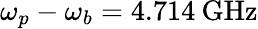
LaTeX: \omega_{p}-\omega_{b}=4.714\: \mathrm{GHz}